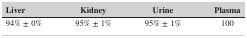
<table><thead><tr><td><b>Liver</b></td><td><b>Kidney</b></td><td><b>Urine</b></td><td><b>Plasma</b></td></tr></thead><tbody><tr><td>94% ± 0%</td><td>95% ± 1%</td><td>95% ± 1%</td><td>100</td></tr></tbody></table>